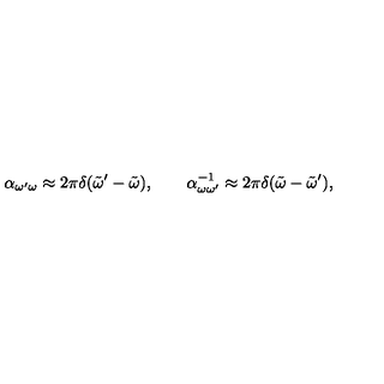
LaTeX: \alpha _ { \omega ^ { \prime } \omega } \approx 2 \pi \delta ( \tilde { \omega } ^ { \prime } - \tilde { \omega } ) , \qquad \alpha _ { \omega \omega ^ { \prime } } ^ { - 1 } \approx 2 \pi \delta ( \tilde { \omega } - \tilde { \omega } ^ { \prime } ) ,